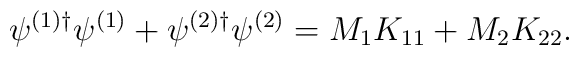
\psi^{(1)\dag} \psi^{(1)} + \psi^{(2)\dag} \psi^{(2)} = M_1K_{11} + M_2K_{22}.